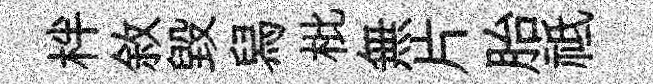
柈敘毀舄枇無片胎祗